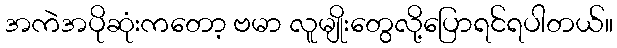
အကဲအပိုဆုံးကတော့ ဗမာ လူမျိုးတွေလို့ပြောရင်ရပါတယ်။